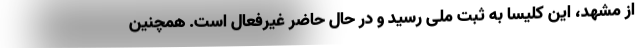
از مشهد، این کلیسا به ثبت ملی رسید و در حال حاضر غیرفعال است. همچنین